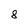
Character: 8